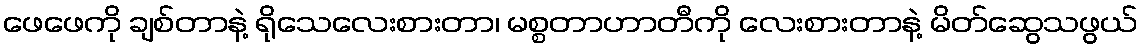
ဖေဖေကို ချစ်တာနဲ့ ရိုသေလေးစားတာ၊ မစ္စတာဟာတီကို လေးစားတာနဲ့ မိတ်ဆွေသဖွယ်